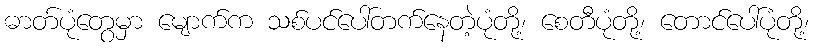
ဓာတ်ပုံတွေမှာ မျောက်က သစ်ပင်ပေါ်တက်နေတဲ့ပုံတို့၊ စေတီပုံတို့၊ တောင်ပေါ်ပုံတို့၊